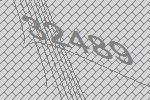
32489